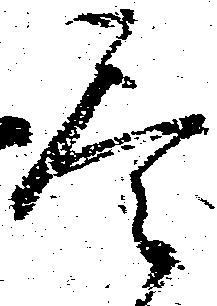
尽